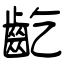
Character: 齕